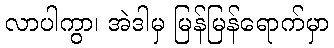
လာပါကွာ၊ အဲဒါမှ မြန်မြန်ရောက်မှာ